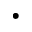
\cdot